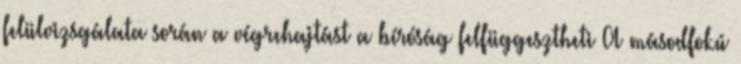
felülvizsgálata során a végrehajtást a bíróság felfüggesztheti A másodfokú